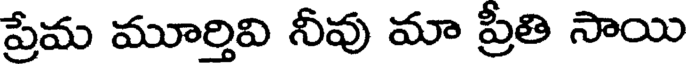
ప్రేమ మూర్తివి నీవు మా ప్రీతి సాయి